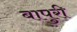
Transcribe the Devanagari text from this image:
बापुरी